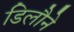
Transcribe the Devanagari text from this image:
डिलौने